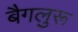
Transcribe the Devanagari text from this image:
बैगलुरू